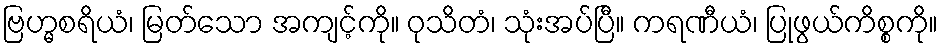
ဗြဟ္မစရိယံ၊ မြတ်သော အကျင့်ကို။ ဝုသိတံ၊ သုံးအပ်ပြီ။ ကရဏီယံ၊ ပြုဖွယ်ကိစ္စကို။